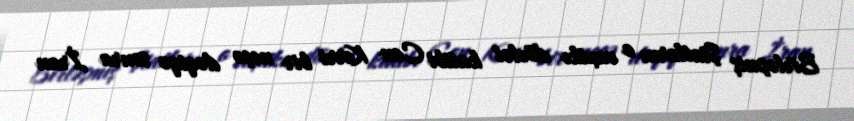
Birləşmiş Ştatların o vaxtkı dövlət katibi Con Kerri bir neçə dəqiqə sonra İran